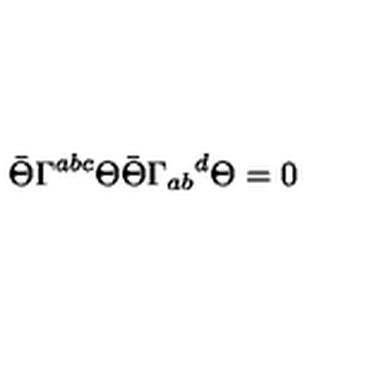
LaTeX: \bar { \Theta } \Gamma ^ { a b c } \Theta \bar { \Theta } \Gamma _ { a b } { } ^ { d } \Theta = 0